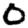
Digit: 0